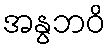
အနွဘဝိ